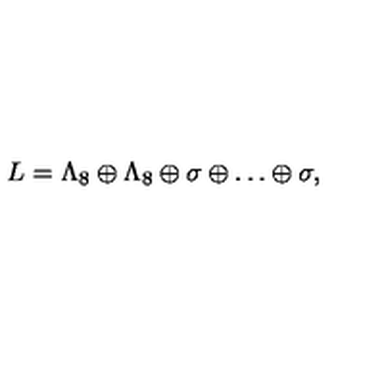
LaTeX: L = \Lambda _ { 8 } \oplus \Lambda _ { 8 } \oplus \sigma \oplus \ldots \oplus \sigma ,